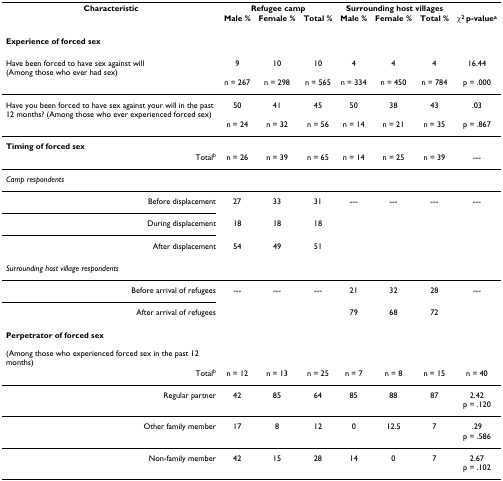
| Characteristic | <COLSPAN=3> Refugee camp | <COLSPAN=3> Surrounding host villages |  |
 |  | Male % | Female % | Total % | Male % | Female % | Total % | χ2 p-valuea |
 | --- | --- | --- | --- | --- | --- | --- | --- |
 | Experience of forced sex |  |  |  |  |  |  |  |
 | Have been forced to have sex against will (Among those who ever had sex) | 9 | 10 | 10 | 4 | 4 | 4 | 16.44 |
 |  | n = 267 | n = 298 | n = 565 | n = 334 | n = 450 | n = 784 | p = .000 |
 | Have you been forced to have sex against your will in the past 12 months? (Among those who ever experienced forced sex) | 50 | 41 | 45 | 50 | 38 | 43 | .03 |
 |  | n = 24 | n = 32 | n = 56 | n = 14 | n = 21 | n = 35 | p = .867 |
 | Timing of forced sex |  |  |  |  |  |  |  |
 | Totalb | n = 26 | n = 39 | n = 65 | n = 14 | n = 25 | n = 39 | --- |
 | Camp respondents |  |  |  |  |  |  |  |
 | Before displacement | 27 | 33 | 31 | --- | --- | --- | --- |
 | During displacement | 18 | 18 | 18 |  |  |  |  |
 | After displacement | 54 | 49 | 51 |  |  |  |  |
 | Surrounding host village respondents |  |  |  |  |  |  |  |
 | Before arrival of refugees | --- | --- | --- | 21 | 32 | 28 | --- |
 | After arrival of refugees |  |  |  | 79 | 68 | 72 |  |
 | Perpetrator of forced sex (Among those who experienced forced sex in the past 12 months) |  |  |  |  |  |  |  |
 | Totalb | n = 12 | n = 13 | n = 25 | n = 7 | n = 8 | n = 15 | n = 40 |
 | Regular partner | 42 | 85 | 64 | 85 | 88 | 87 | 2.42 p = .120 |
 | Other family member | 17 | 8 | 12 | 0 | 12.5 | 7 | .29 p = .586 |
 | Non-family member | 42 | 15 | 28 | 14 | 0 | 7 | 2.67p = .102 |